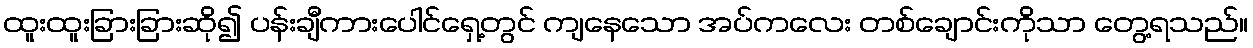
ထူးထူးခြားခြားဆို၍ ပန်းချီကားပေါင်ရှေ့တွင် ကျနေသော အပ်ကလေး တစ်ချောင်းကိုသာ တွေ့ရသည်။